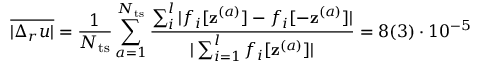
\overline { { | \Delta _ { r } u | } } = \frac { 1 } { N _ { \mathrm { t s } } } \sum _ { a = 1 } ^ { N _ { \mathrm { t s } } } \frac { \sum _ { i } ^ { l } | { f } _ { i } [ \mathbf { z } ^ { ( a ) } ] - { f } _ { i } [ - \mathbf { z } ^ { ( a ) } ] | } { | \sum _ { i = 1 } ^ { l } { f } _ { i } [ \mathbf { z } ^ { ( a ) } ] | } = 8 ( 3 ) \cdot 1 0 ^ { - 5 }